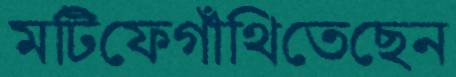
মটিফেগাঁথিতেছেন